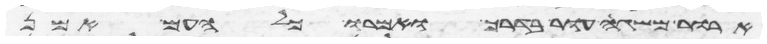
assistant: ארור משגה עור בדרך ואמרו כל העם אמן